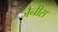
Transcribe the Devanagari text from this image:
जैनीस